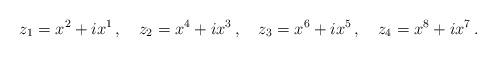
LaTeX: \begin{align*}z_1=x^2+ix^1\,,\quad z_2=x^4+ix^3\,,\quad z_3=x^6+ix^5\,,\quad z_4=x^8+ix^7\,.\end{align*}